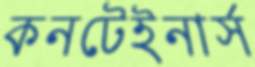
কনটেইনার্স